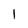
Character: I